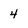
Character: 4